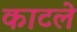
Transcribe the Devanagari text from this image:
काटले